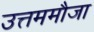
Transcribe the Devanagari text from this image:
उत्तममौजा